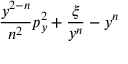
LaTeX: \! \! \frac { y ^ { 2 - n } } { n ^ { 2 } } p _ { y } ^ { 2 } + \frac { \xi } { y ^ { n } } - y ^ { n } \! \!